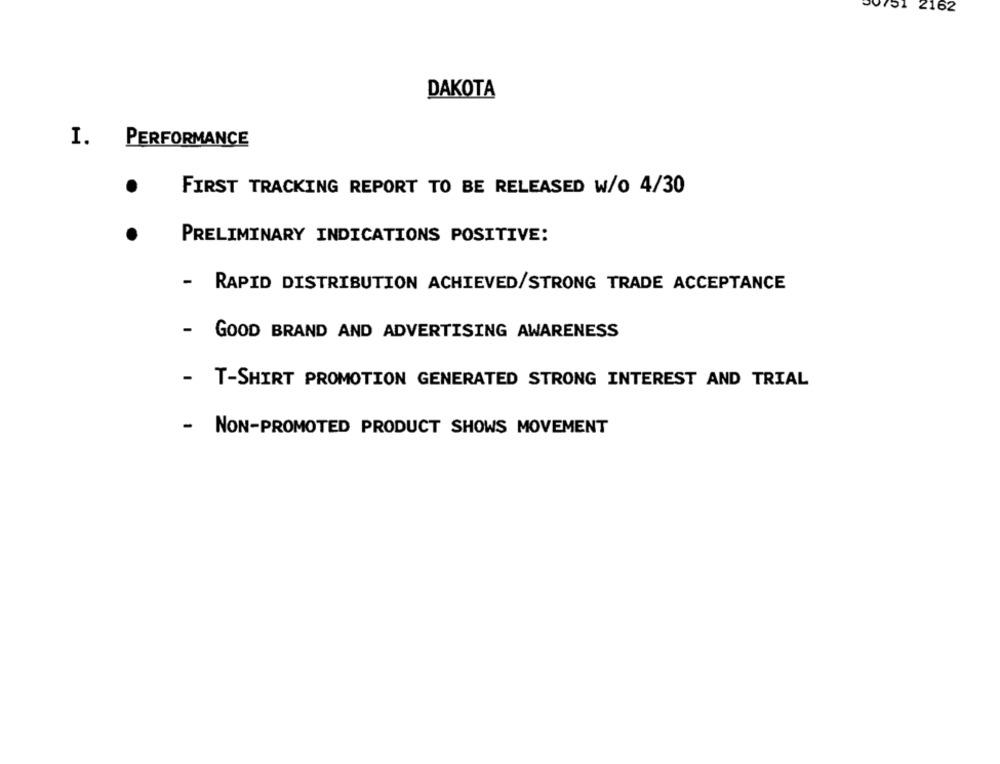
0751 2162
DAKOTA
I. PERFORMANCE
FIRST TRACKING REPORT TO BE RELEASED W/o 4/30
PRELIMINARY INDICATIONS POSITIVE:
- RAPID DISTRIBUTION ACHIEVED/STRONG TRADE ACCEPTANCE
- GOOD BRAND AND ADVERTISING AWARENESS
- T-SHIRT PROMOTION GENERATED STRONG INTEREST AND TRIAL
- NON-PROMOTED PRODUCT SHOWS MOVEMENT